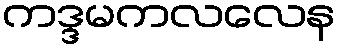
ကဒ္ဒမကလလေန